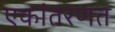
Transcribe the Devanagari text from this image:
एकांतरणत